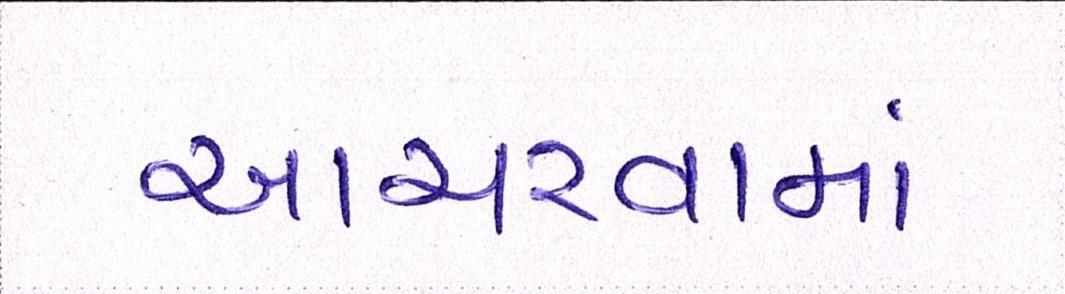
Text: આચરવામાં